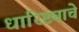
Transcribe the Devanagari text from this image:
धारिष्ट्याचे